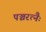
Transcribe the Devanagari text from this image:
पञ्चरत्नैः